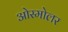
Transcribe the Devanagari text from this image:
ओस्मोलर